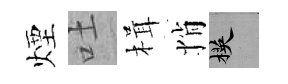
煙吐楫悄楧